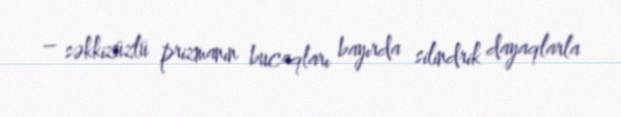
– səkkizüzlü prizmanın bucaqları bayırda silindrik dayaqlarla